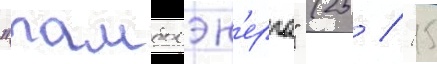
"тамбовэн'ерго" (25 / 15